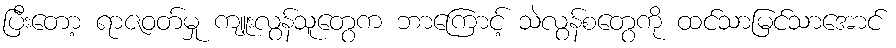
ပြီးတော့ ရာဇဝတ်မှု ကျူးလွန်သူတွေက ဘာကြောင့် သဲလွန်စတွေကို ထင်သာမြင်သာအောင်